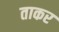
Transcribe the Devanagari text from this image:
ताकर